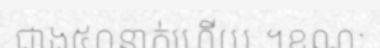
ជាង៥០នាក់ហើយ ។ខណៈ